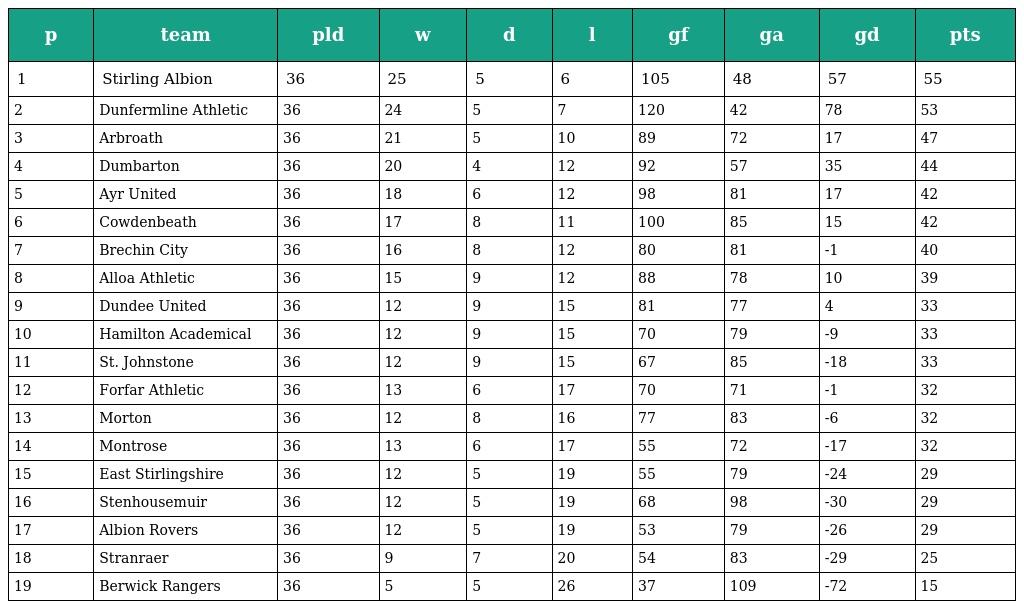
| p | team | pld | w | d | l | gf | ga | gd | pts |
 | --- | --- | --- | --- | --- | --- | --- | --- | --- | --- |
 | 1 | Stirling Albion | 36 | 25 | 5 | 6 | 105 | 48 | 57 | 55 |
 | 2 | Dunfermline Athletic | 36 | 24 | 5 | 7 | 120 | 42 | 78 | 53 |
 | 3 | Arbroath | 36 | 21 | 5 | 10 | 89 | 72 | 17 | 47 |
 | 4 | Dumbarton | 36 | 20 | 4 | 12 | 92 | 57 | 35 | 44 |
 | 5 | Ayr United | 36 | 18 | 6 | 12 | 98 | 81 | 17 | 42 |
 | 6 | Cowdenbeath | 36 | 17 | 8 | 11 | 100 | 85 | 15 | 42 |
 | 7 | Brechin City | 36 | 16 | 8 | 12 | 80 | 81 | -1 | 40 |
 | 8 | Alloa Athletic | 36 | 15 | 9 | 12 | 88 | 78 | 10 | 39 |
 | 9 | Dundee United | 36 | 12 | 9 | 15 | 81 | 77 | 4 | 33 |
 | 10 | Hamilton Academical | 36 | 12 | 9 | 15 | 70 | 79 | -9 | 33 |
 | 11 | St. Johnstone | 36 | 12 | 9 | 15 | 67 | 85 | -18 | 33 |
 | 12 | Forfar Athletic | 36 | 13 | 6 | 17 | 70 | 71 | -1 | 32 |
 | 13 | Morton | 36 | 12 | 8 | 16 | 77 | 83 | -6 | 32 |
 | 14 | Montrose | 36 | 13 | 6 | 17 | 55 | 72 | -17 | 32 |
 | 15 | East Stirlingshire | 36 | 12 | 5 | 19 | 55 | 79 | -24 | 29 |
 | 16 | Stenhousemuir | 36 | 12 | 5 | 19 | 68 | 98 | -30 | 29 |
 | 17 | Albion Rovers | 36 | 12 | 5 | 19 | 53 | 79 | -26 | 29 |
 | 18 | Stranraer | 36 | 9 | 7 | 20 | 54 | 83 | -29 | 25 |
 | 19 | Berwick Rangers | 36 | 5 | 5 | 26 | 37 | 109 | -72 | 15 |